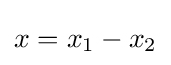
x=x_{1}-x_{2}